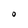
Character: O